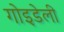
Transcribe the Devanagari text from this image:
गोइडेली